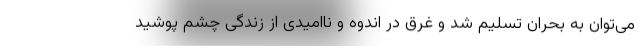
می‌توان به بحران تسلیم شد و غرق در اندوه و ناامیدی از زندگی چشم پوشید